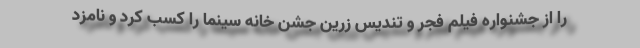
را از جشنواره فیلم فجر و تندیس زرین جشن خانه سینما را کسب کرد و نامزد